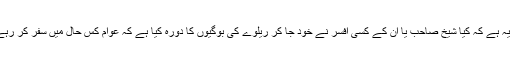
سوال یہ ہے کہ کیا شیخ صاحب یا ان کے کسی افسر نے خود جا کر ریلوے کی بوگیوں کا دورہ کیا ہے کہ عوام کس حال میں سفر کر رہے ہیں۔